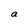
Character: a